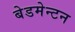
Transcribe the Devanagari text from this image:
बेडमेन्टन